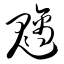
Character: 魑